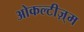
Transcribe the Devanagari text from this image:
ओकल्टीज़्म